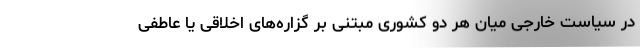
در سیاست خارجی میان هر دو کشوری مبتنی بر گزاره‌های اخلاقی یا عاطفی